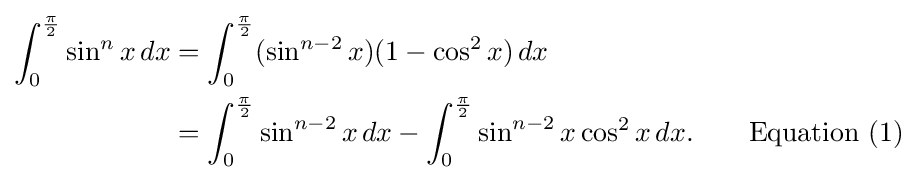
{\begin{aligned}\int _{0}^{\frac {\pi }{2}}\sin ^{n}x\,dx&=\int _{0}^{\frac {\pi }{2}}(\sin ^{n-2}x)(1-\cos ^{2}x)\,dx\\&=\int _{0}^{\frac {\pi }{2}}\sin ^{n-2}x\,dx-\int _{0}^{\frac {\pi }{2}}\sin ^{n-2}x\cos ^{2}x\,dx.\qquad {\text{Equation (1)}}\end{aligned}}